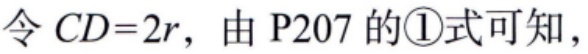
令 \(CD = 2r\)，由 P207 的\(\textcircled{1}\)式可知，